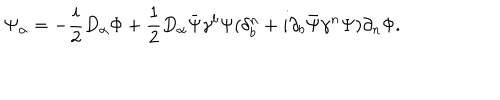
LaTeX: \Psi _ { \alpha } = - { \frac { i } { 2 } } D _ { \alpha } \Phi + { \frac { 1 } { 2 } } D _ { \alpha } \bar { \Psi } \gamma ^ { b } \Psi ( \delta _ { b } ^ { n } + i \partial _ { b } \bar { \Psi } \gamma ^ { n } \Psi ) \partial _ { n } \Phi .